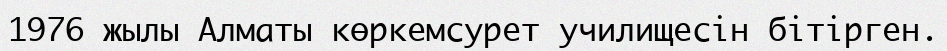
1976 жылы Алматы көркемсурет училищесін бітірген.